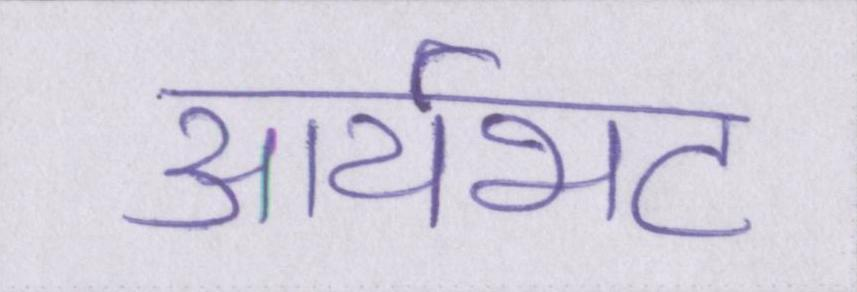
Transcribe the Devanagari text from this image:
आर्यभट